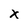
Character: x